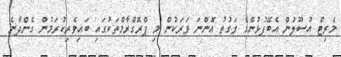
މެރިޓް އުސޫލުން އެބޭފުޅުންގެ ވަގުތު އޮންނަ ވަރަކުން މި ޕްރޮގްރާމްތަކުގައި ބައިވެރިކުރަމުން ގެންދާނެ